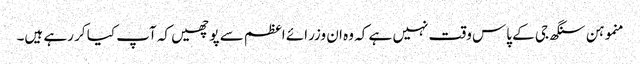
منموہن سنگھ جی کے پاس وقت نہیں ہے کہ وہ ان وزرائے اعظم سے پوچھیں کہ آپ کیا کر رہے ہیں۔